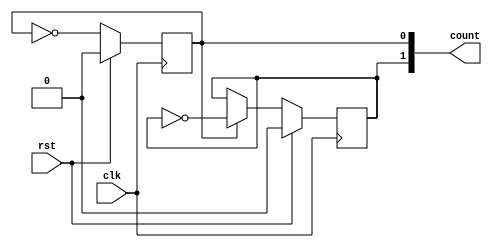
module two_bit_distr_counter(input clk, input rst, output [1:0] count);
	reg lsb;
	reg msb;

	wire next_lsb;
	wire next_msb;

	assign next_lsb = ~lsb;
	assign next_msb = lsb ? ~msb : msb;

	assign count = {msb, lsb};

	always @(posedge clk) begin
		if (rst) begin
			lsb <= 1'b0;
			msb <= 1'b0;
		end else begin
			lsb <= next_lsb;
			msb <= next_msb;
		end
	end
endmodule